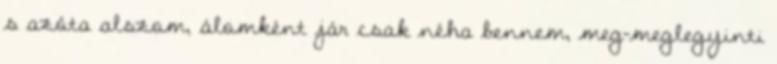
s azóta alszom, álomként jár csak néha bennem, meg-meglegyinti